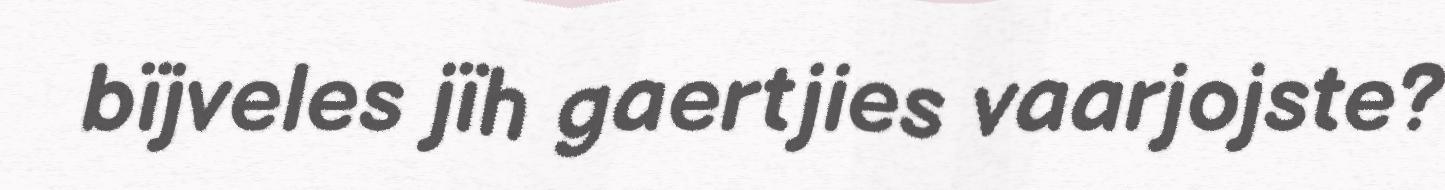
bïjveles jïh gaertjies vaarjojste?